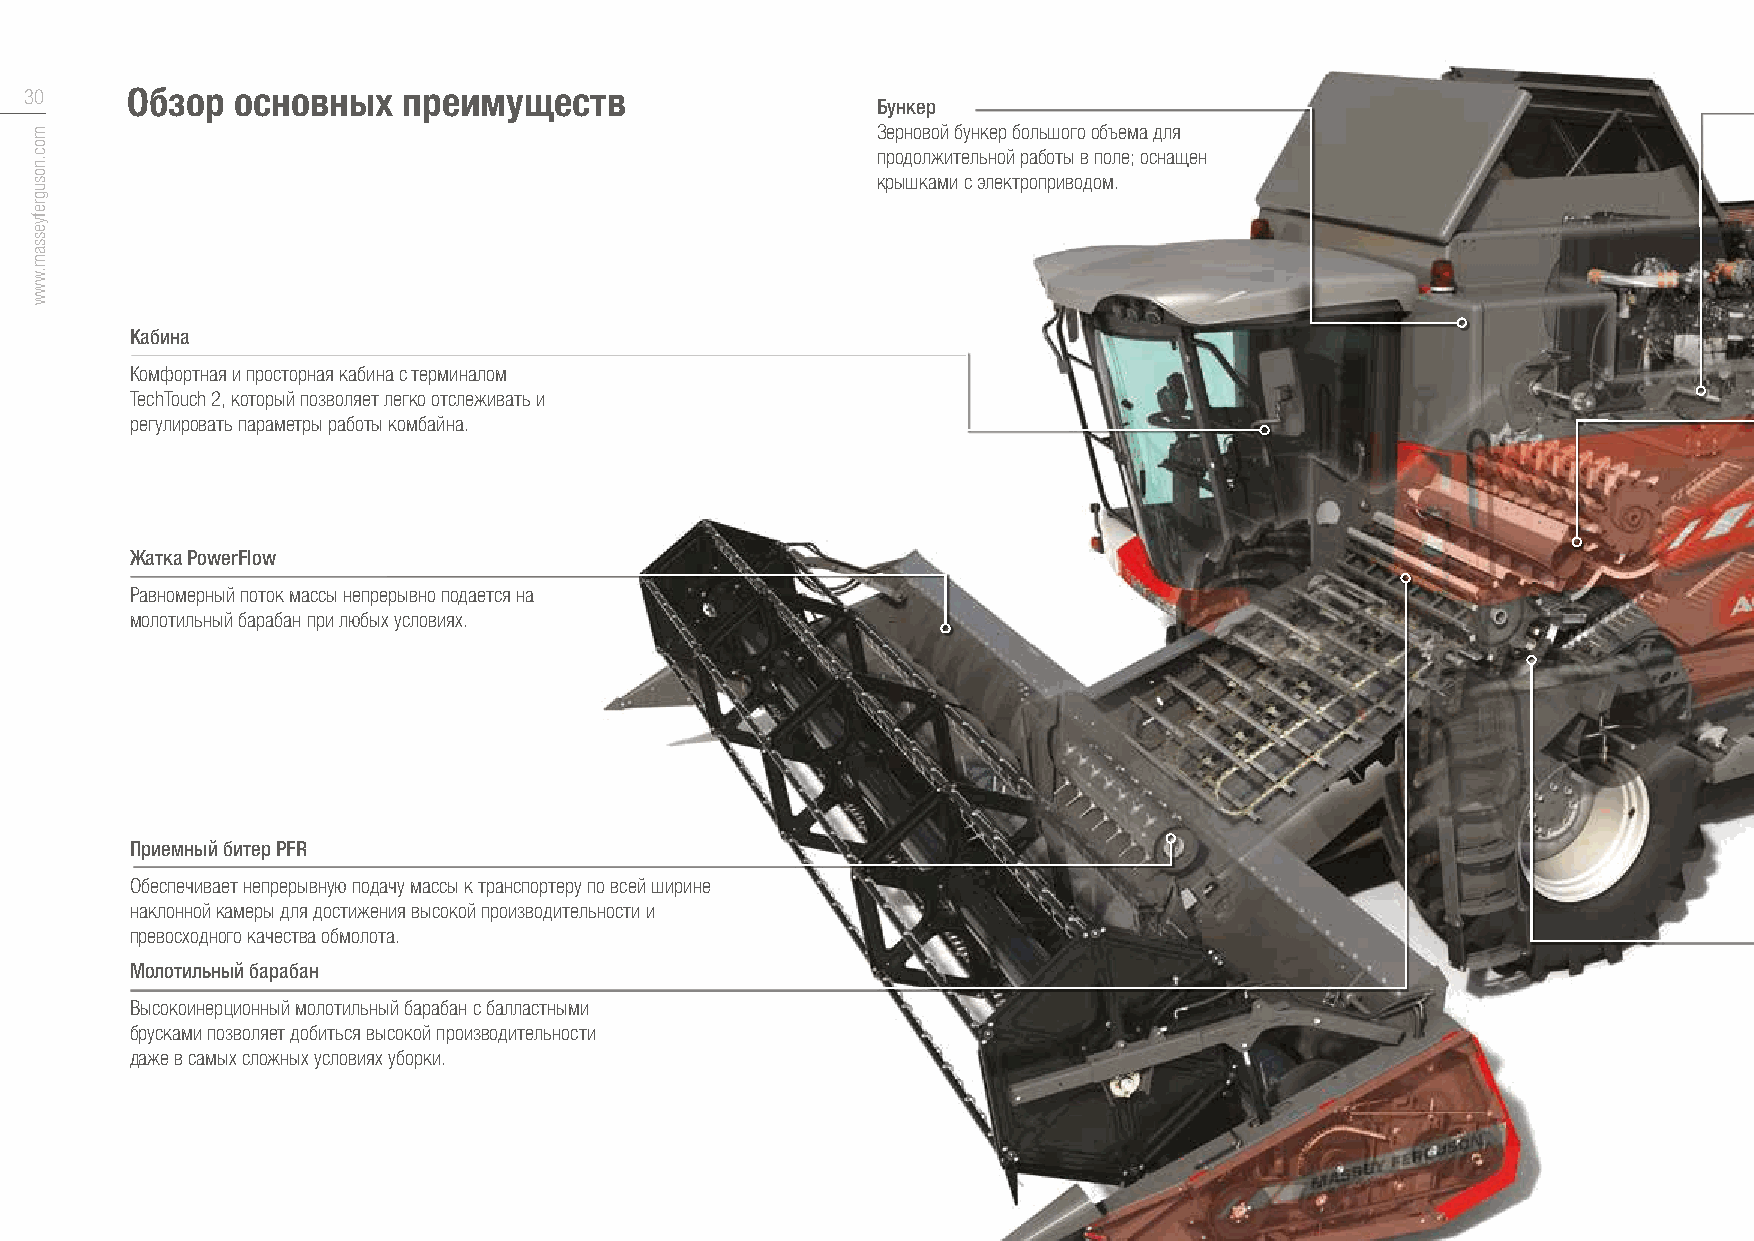
30    Обзор  основных    преимуществ
 Бункер
 Зерновой бункер большого объема для
 продолжительной работы в поле; оснащен
 крышками с электроприводом.
 Кабина
 Комфортная и просторная кабина с терминалом
 TechTouch 2, который позволяет легко отслеживать и
 регулировать параметры работы комбайна.
 Жатка PowerFlow
 Равномерный поток массы непрерывно подается на
 молотильный барабан при любых условиях.
 Приемный битер PFR
 Обеспечивает непрерывную подачу массы к транспортеру по всей ширине
 наклонной камеры для достижения высокой производительности и
 превосходного качества обмолота.
 Молотильный барабан
 Высокоинерционный молотильный барабан с балластными
 брусками позволяет добиться высокой производительности
 даже в самых сложных условиях уборки.
 moc.nosugrefyessam.www